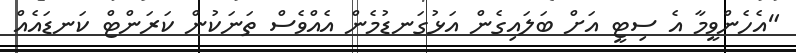
"އެހެންވީމާ އެ ސިޓީ އަށް ބަލައިގެން އަޅުގަނޑުމެން އެއްވެސް ތަނަކުން ކަރަންޓް ކަނޑައެއް